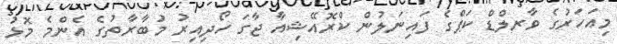
މިއަހަރުގެ ވާރލްޑް ކަޕްގެ ފައިނަލުން ކްރޮއޭޝިއާ ޖާގަ ހޯދިއިރު މުބާރާތުގެ އެންމެ މޮޅު